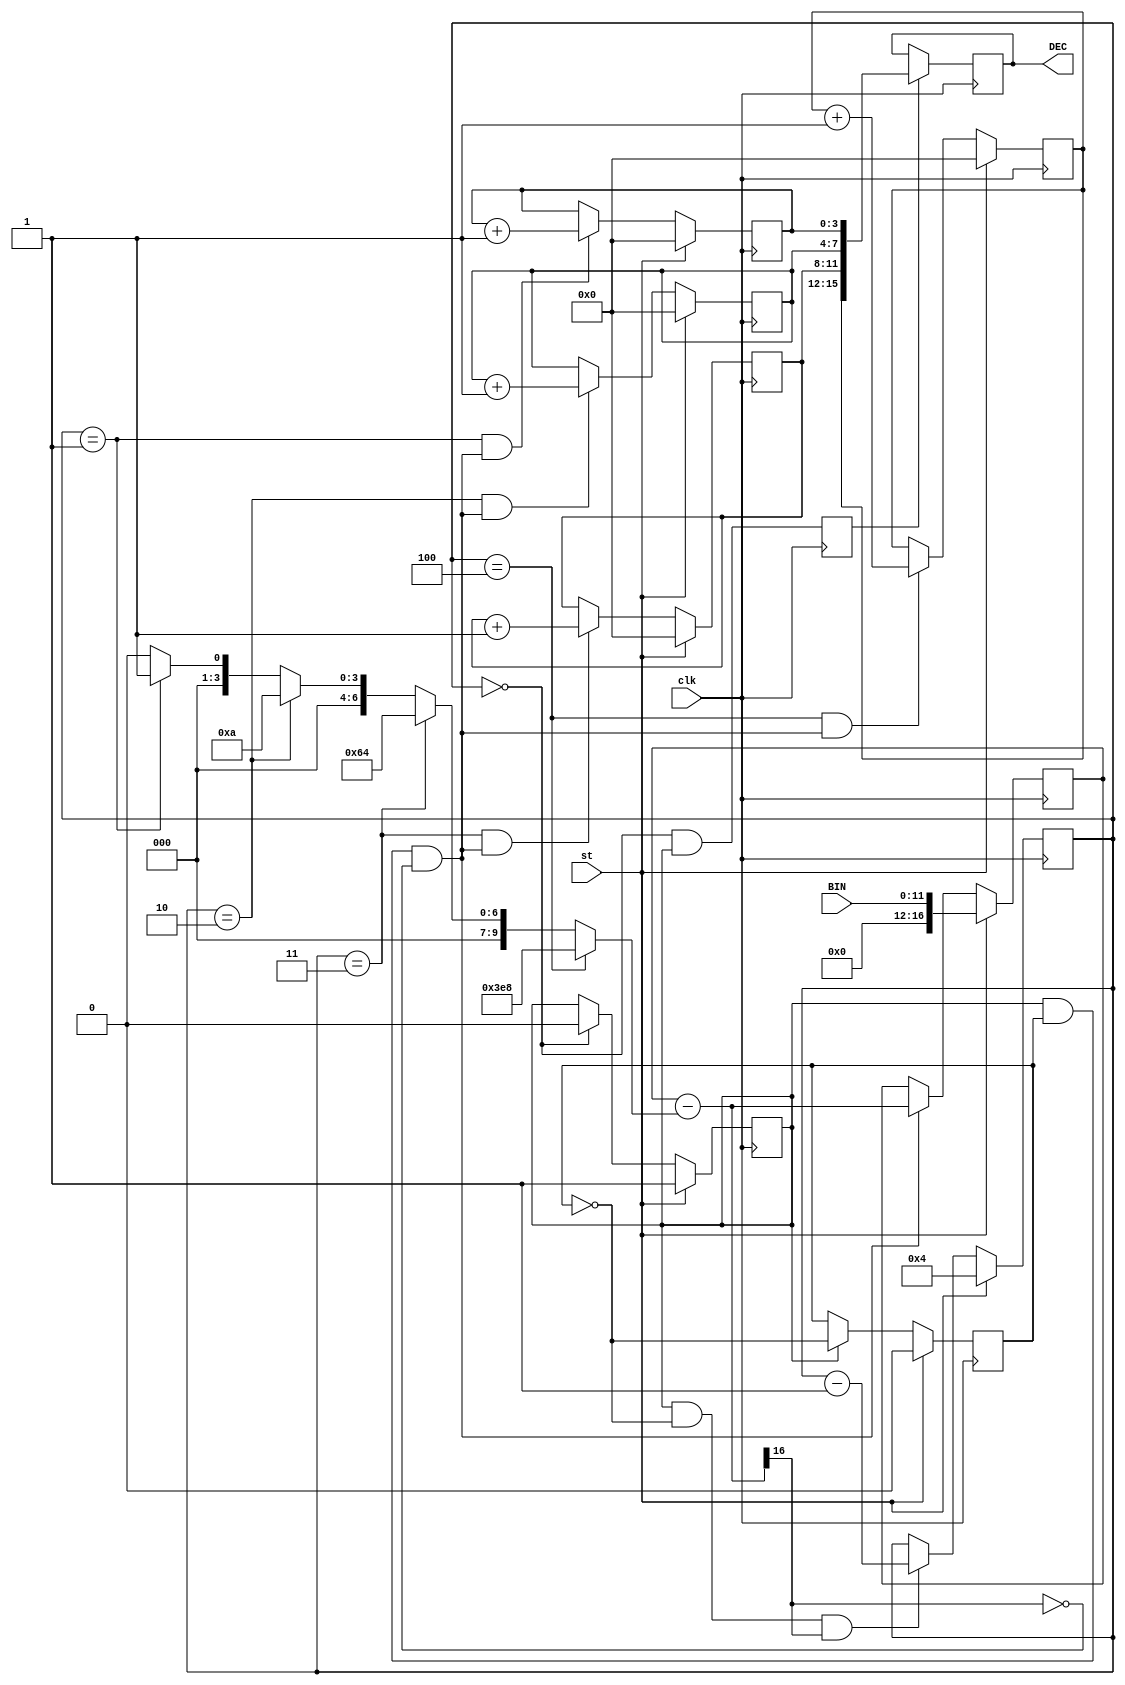
module BIN12_to_DEC4(input[11:0]BIN, 	output reg[15:0] DEC=0, 
                     input clk,			
                     input st);			
									 
  reg [4:0]ptr_dig=0 ;

  reg[3:0]D1dec=0;	reg[3:0]D2dec=0;	reg[3:0]D3dec=0;	reg[3:0]D4dec=0;
  reg en_conv=0, q=0, ok=0 ;    
  reg [16:0]rest;

  wire[15:0]Nd =	(ptr_dig==4)? 1000 :
                  (ptr_dig==3)? 100 :
                  (ptr_dig==2)? 10 :
                  (ptr_dig==1)? 1 : 0 ;

  wire [16:0]dx = rest-Nd ;
  wire z = dx[16] ;		
  wire en_inc_dig  = en_conv & q & !z ;
  wire en_dec_ptr  = en_conv & !q & z ;

  always @(posedge clk) begin
    q<= st? 0 : en_conv? !q : q ;
    en_conv<= st? 1 : (ptr_dig==0)? 0 : en_conv ;
    rest<= st? BIN : en_inc_dig? dx : rest ;
    ptr_dig<= st? 4: en_dec_ptr?  ptr_dig-1 : ptr_dig ;
    D4dec <= st? 0 : ((ptr_dig==4) & en_inc_dig)? D4dec+1 : D4dec ;
    D3dec <= st? 0 : ((ptr_dig==3) & en_inc_dig)? D3dec+1 : D3dec ;
    D2dec <= st? 0 : ((ptr_dig==2) & en_inc_dig)? D2dec+1 : D2dec ;
    D1dec <= st? 0 : ((ptr_dig==1) & en_inc_dig)? D1dec+1 : D1dec ;
    ok<=(ptr_dig==0) & en_conv;
    DEC<= ok? {D4dec,D3dec,D2dec,D1dec}: DEC ;
  end

endmodule